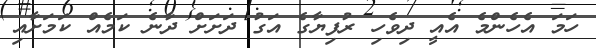
ހަމަ އެހެންމެ އެއީ ދިވެހި ރުފިޔާގެ އަގު ދަށަށް ދާނެ ކަމެއް ކަމަށާއި